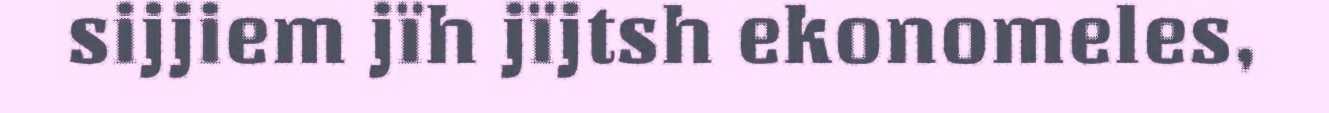
sijjiem jïh jïjtsh ekonomeles,